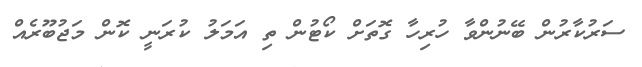
ސަރުކާރުން ބޭނުންވާ ހުރިހާ ގޮތަށް ކޯޓުން ތި އަމަލު ކުރަނީ ކޮން މަޖުބޫރެއް